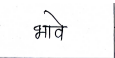
मजकूर: भावे